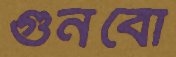
গুনবো